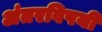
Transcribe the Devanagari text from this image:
अंतरविषयी